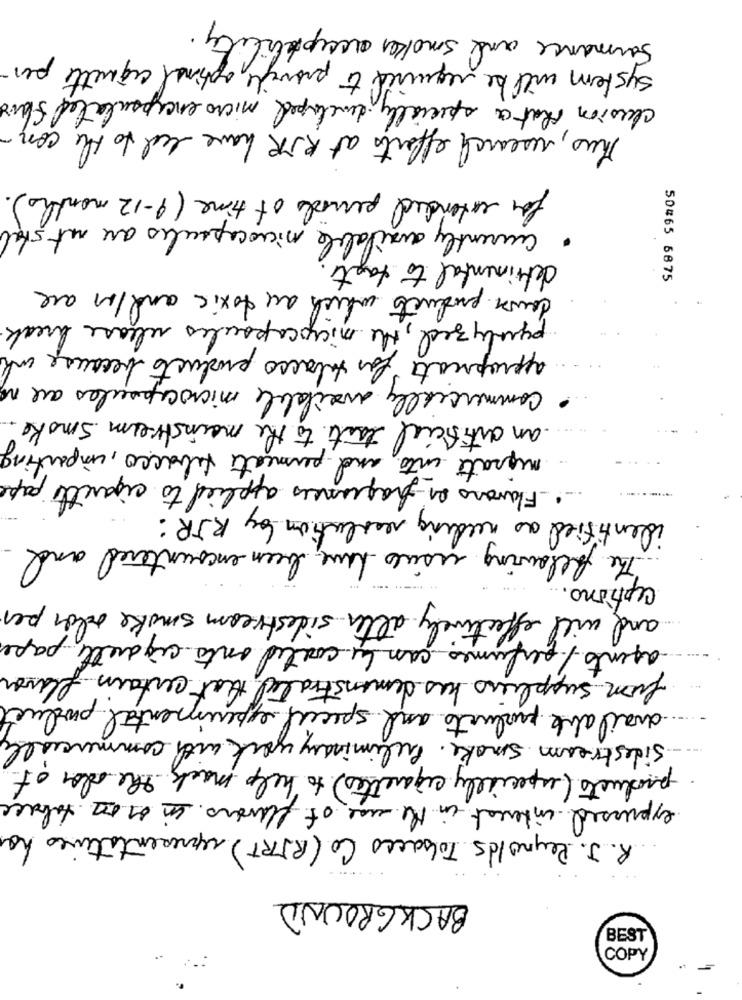
Formance and smoker acceptability
system will be required to provide optional ciquette per-
clusion that a specially developed micro encapsulated Share
Thus, research effects at RIR have led to the con
for extended periods of time (9-12 months).
· currently available microcapsules are not stal
detrimental to taste
down products which are toxic and /or are
50#65 6875
paulyzed, the microcapsules release break
appropriate for tobacco products because unk
commercially available microcapsules are no
an artificial taste to the mainstream smoke
migrate into and permeate tabacco, importing
Flavors on fragrances applied to cigarette pape
identified as needing resolution by RJR :
The following usues have been encountered and
ceptions.
and will effectively alter sidestream smoke odor per
agents/ perfumes con la corte ante ciquelle paper
from suppliers has demonstrated that certain flavor
available products and special experimental product
sidestream smoke. Preliminary work with commercially
products (especially cigarettes) to help mack the oder of
expressed interest in the use of flowers in or on tabacc
R.J. Reynolds Tobacco Co (RJRT) representatives ha
BACKGROUND
BEST
COPY